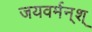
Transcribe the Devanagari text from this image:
जयवर्मन्‌श्